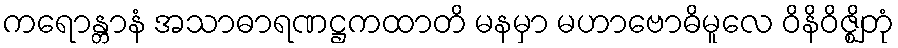
ကရောန္တာနံ အသာဓာရဏဋ္ဌကထာတိ မနမှာ မဟာဗောဓိမူလေ ဝိနိဝိဇ္ဈိတုံ